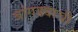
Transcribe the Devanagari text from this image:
बांगड्याची